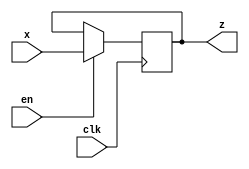
module registro(output [0:N-1]z, input [0:N-1] x, input en, input clk);
    //la lunghezza del registro è definita con un parametro
    parameter N = 8;

    reg [0:N-1]r;
    //inizializzo r
    initial 
        r = 0;
    
    always @(posedge clk)
        begin
            if(en==1)
                r=x;
        end

    //assegno a z sempre il valore del registro
    assign
        z=r;
endmodule